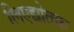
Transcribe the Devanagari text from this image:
लिएद्योतक